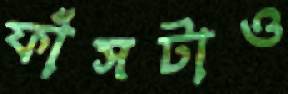
ফাঁসটাও